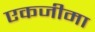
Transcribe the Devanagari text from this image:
एकजीमा